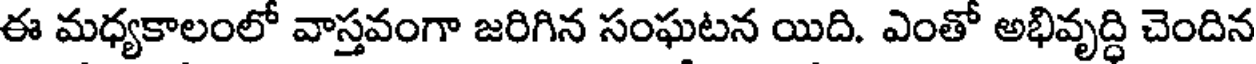
ఈ మధ్యకాలంలో వాస్తవంగా జరిగిన సంఘటన యిది. ఎంతో అభివృద్ధి చెందిన